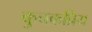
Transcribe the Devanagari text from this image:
कुचक्रप्रिय